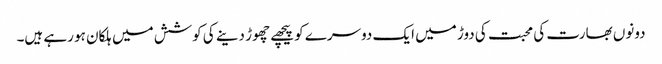
دونوں بھارت کی محبت کی دوڑ میں ایک دوسرے کو پیچھے چھوڑ دینے کی کوشش میں ہلکان ہو رہے ہیں۔